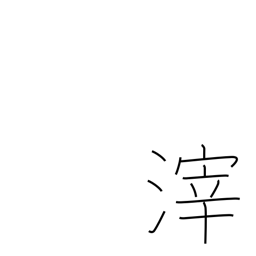
Meaning: dregs